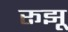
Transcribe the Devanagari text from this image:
रूझू